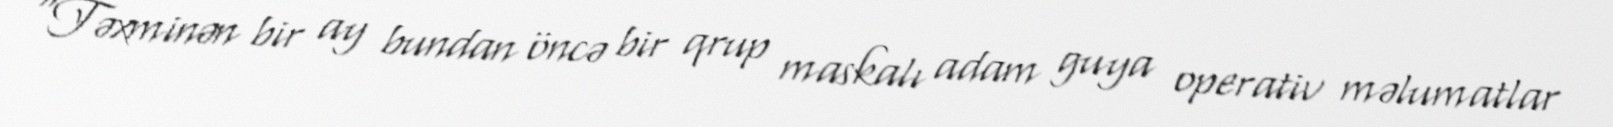
“Təxminən bir ay bundan öncə bir qrup maskalı adam guya operativ məlumatlar